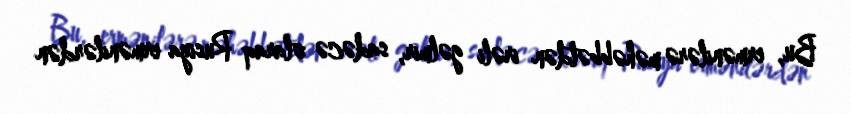
Bu, ermənilərə məhəbbətdən irəli gəlmir, sadəcə olaraq Rusiya ermənilərdən